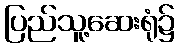
ပြည်သူ့ဆေးရုံ၌